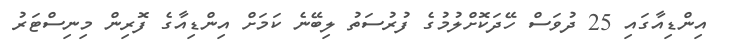
އިންޑިއާގައި 25 ދުވަސް ހޭދަކޮށްލުމުގެ ފުރުސަތު ލިބޭނެ ކަމަށް އިންޑިއާގެ ފޮރިން މިނިސްޓަރު